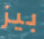
بيز